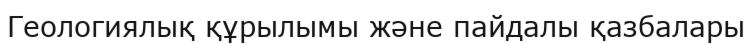
Геологиялық құрылымы және пайдалы қазбалары